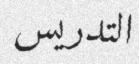
التدريس